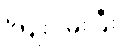
ကြိုးပမ်းပြီး